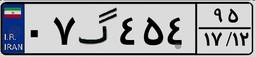
۶۵گ۶۱۳۹۶